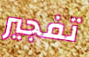
تفجير